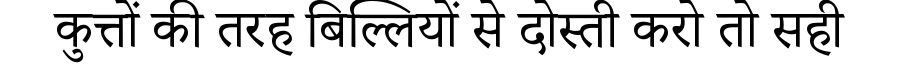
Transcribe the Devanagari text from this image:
कुत्तों की तरह बिल्लियों से दोस्ती करो तो सही